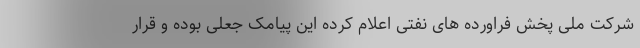
شرکت ملی پخش فراورده های نفتی اعلام کرده این پیامک جعلی بوده و قرار